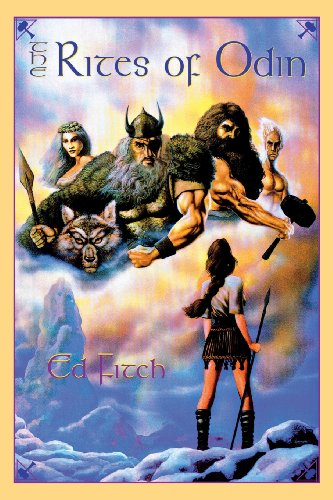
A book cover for The Rites of Odin (Llewellyn's Teutonic Magick Series); Ed Fitch; History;